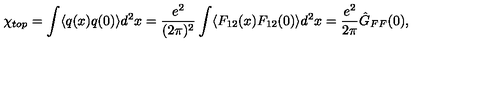
\chi _ { t o p } = \int \langle q ( x ) q ( 0 ) \rangle d ^ { 2 } x = \frac { e ^ { 2 } } { ( 2 \pi ) ^ { 2 } } \int \langle F _ { 1 2 } ( x ) F _ { 1 2 } ( 0 ) \rangle d ^ { 2 } x = \frac { e ^ { 2 } } { 2 \pi } \hat { G } _ { F F } ( 0 ) ,